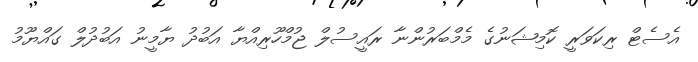
އެސެޓް ރިކަވަރީ ކޮމިޝަނުގެ މެމްބަރުންނާ ރައީސުލް ޖުމްހޫރިއްޔާ އަބުދު ޔާމީނު އަބުދުލް ގައްޔޫމު